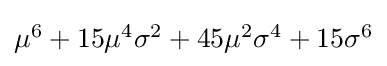
{\textstyle \mu ^{6}+15\mu ^{4}\sigma ^{2}+45\mu ^{2}\sigma ^{4}+15\sigma ^{6}}